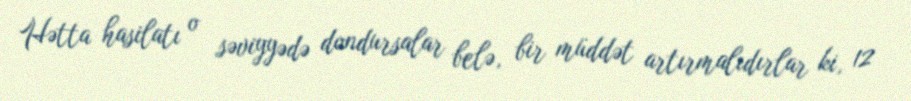
Hətta hasilatı o səviyyədə dondursalar belə, bir müddət artırmalıdırlar ki, 12